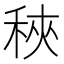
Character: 𥞵